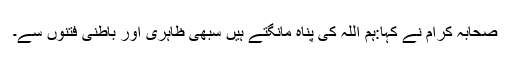
صحابہ کرام نے کہا:ہم اللہ کی پناہ مانگتے ہیں سبھی ظاہری اور باطنی فتنوں سے۔